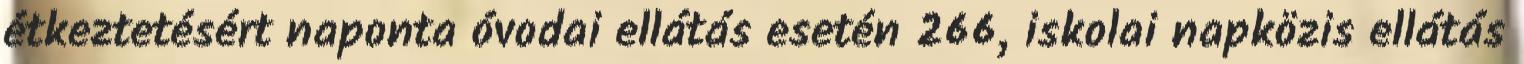
étkeztetésért naponta óvodai ellátás esetén 266, iskolai napközis ellátás